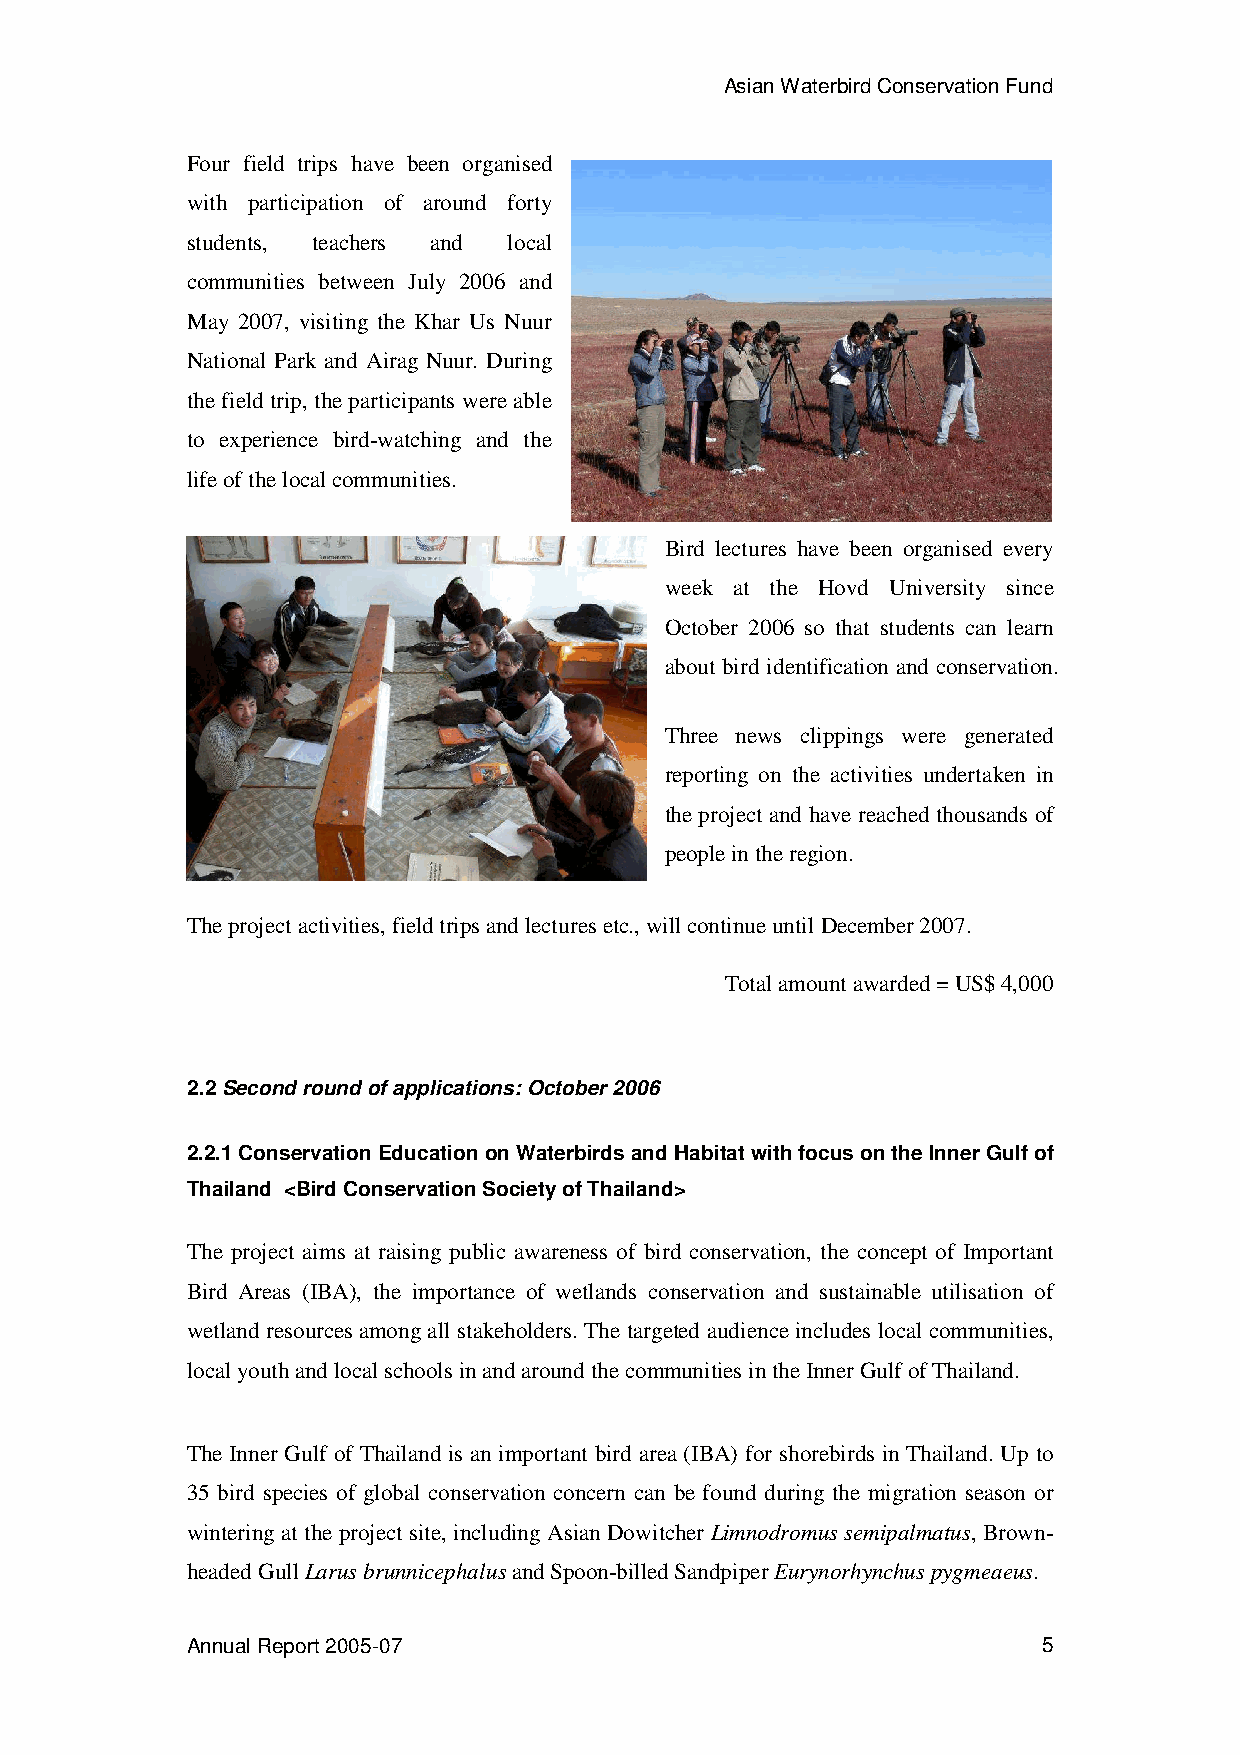
Asian Waterbird Conservation Fund
 Four field trips have been organised
 with participation of around forty
 students, teachers and local
 communities between July 2006 and
 May 2007, visiting the Khar Us Nuur
 National Park and Airag Nuur. During
 the field trip, the participants were able
 to experience bird-watching and the
 life of the local communities.
 Bird lectures have been organised every
 week at the Hovd University since
 October 2006 so that students can learn
 about bird identification and conservation.
 Three news clippings were generated
 reporting on the activities undertaken in
 the project and have reached thousands of
 people in the region.
 The project activities, field trips and lectures etc., will continue until December 2007.
 Total amount awarded = US$ 4,000
 2.2Second round of applications: October 2006
 2.2.1 Conservation Education on Waterbirds and Habitat with focus on the Inner Gulf of
 Thailand <Bird Conservation Society of Thailand>
 The project aims at raising public awareness of bird conservation, the concept of Important
 Bird Areas (IBA), the importance of wetlands conservation and sustainable utilisation of
 wetland resources among all stakeholders. The targeted audience includes local communities,
 local youth and local schools in and around the communities in the Inner Gulf of Thailand.
 The Inner Gulf of Thailand is an important bird area (IBA) for shorebirds in Thailand. Up to
 35 bird species of global conservation concern can be found during the migration season or
 wintering at the project site, including Asian Dowitcher Limnodromus semipalmatus, Brown-
 headed Gull Larus brunnicephalus and Spoon-billed Sandpiper Eurynorhynchus pygmeaeus.
 Annual Report 2005-07                                    5